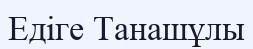
Едіге Танашұлы